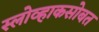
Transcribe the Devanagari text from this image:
स्लोव्हाकसोबत